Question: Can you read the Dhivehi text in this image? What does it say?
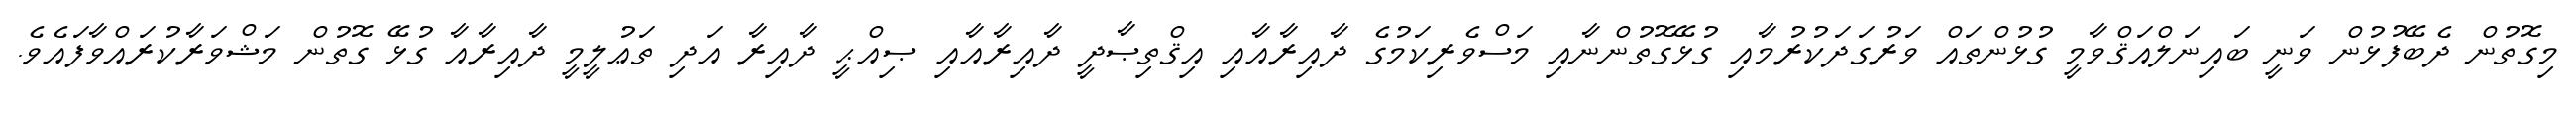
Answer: މިގޮތުން ދެބޭފުޅުން ވަނީ ބައިނަލްއަޤްވާމީ ގުޅުންތައް ވަރުގަދަކުރުމާއި ގުޅޭގޮތުންނާއި މަސްވެރިކަމުގެ ދާއިރާއާއި އިޤްތިޞާދީ ދާއިރާއާއި ޞިއްޙީ ދާއިރާ އަދި ތަޢުލީމީ ދާއިރާއާ ގުޅޭ ގޮތުން މަޝްވަރާކުރައްވާފައެވެ.